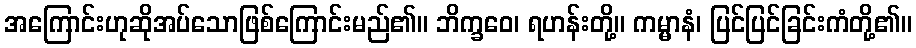
အကြောင်းဟုဆိုအပ်သောဖြစ်ကြောင်းမည်၏။ ဘိက္ခဝေ၊ ရဟန်းတို့။ ကမ္မာနံ၊ ပြင်ပြင်ခြင်းကံတို့၏။